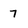
Character: 7